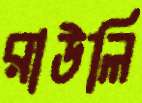
রাউলি